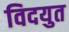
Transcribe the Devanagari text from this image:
विदयुत